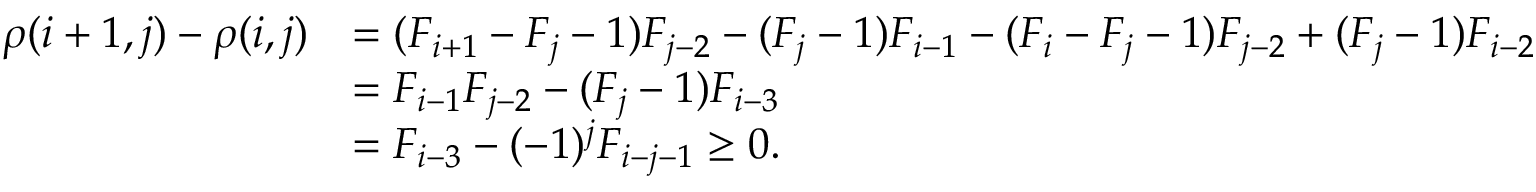
\begin{array} { r l } { \rho ( i + 1 , j ) - \rho ( i , j ) } & { = ( F _ { i + 1 } - F _ { j } - 1 ) F _ { j - 2 } - ( F _ { j } - 1 ) F _ { i - 1 } - ( F _ { i } - F _ { j } - 1 ) F _ { j - 2 } + ( F _ { j } - 1 ) F _ { i - 2 } } \\ & { = F _ { i - 1 } F _ { j - 2 } - ( F _ { j } - 1 ) F _ { i - 3 } } \\ & { = F _ { i - 3 } - ( - 1 ) ^ { j } F _ { i - j - 1 } \geq 0 . } \end{array}